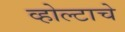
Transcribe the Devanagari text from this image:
व्होल्टाचे